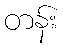
တန်း